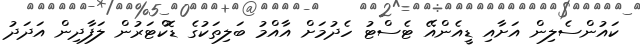
ކައުންސެލިން އަށާއި ޑީއެންއޭ ޓެސްޓު ހެދުމަށް އާއްމު ބަލިތަކުގެ ޑޮކްޓަރުން ލަފާދިން އަދަދު